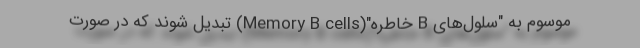
موسوم به "سلول‌های B خاطره"(Memory B cells) تبدیل شوند که در صورت